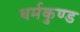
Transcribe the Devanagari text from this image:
धर्मकुण्ड